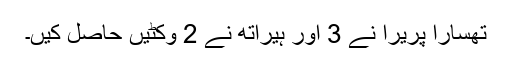
تھسارا پریرا نے 3 اور ہیراتھ نے 2 وکٹیں حاصل کیں۔